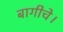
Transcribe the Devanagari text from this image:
बागीचे।